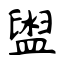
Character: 盥